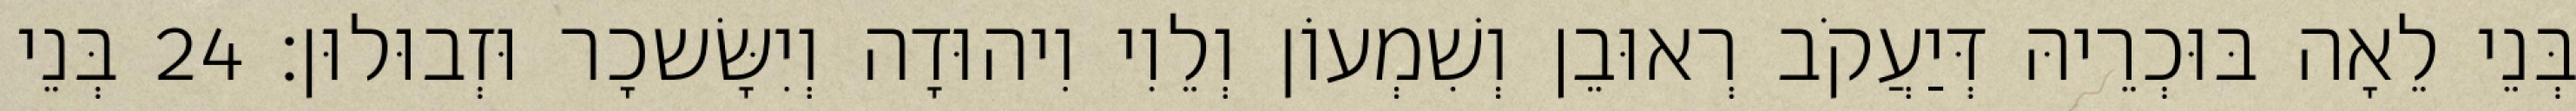
בְּנֵי לֵאָה בּוּכְרֵיהּ דְּיַעֲקֹב רְאוּבֵן וְשִׁמְעוֹן וְלֵוִי וִיהוּדָה וְיִשָּׂשכָר וּזְבוּלוּן׃ 24 בְּנֵי